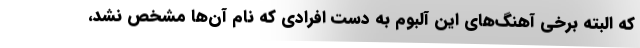
که البته برخی آهنگ‌های این آلبوم به دست افرادی که نام آن‌ها مشخص نشد،